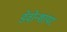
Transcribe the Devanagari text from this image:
डेवोन्शायर